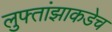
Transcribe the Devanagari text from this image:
लुफ्तांझाकडेच